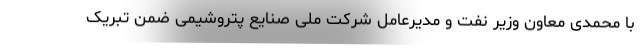
با محمدی معاون وزیر نفت و مدیرعامل شرکت ملی صنایع پتروشیمی ضمن تبریک